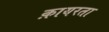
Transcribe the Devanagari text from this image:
क़ायरता